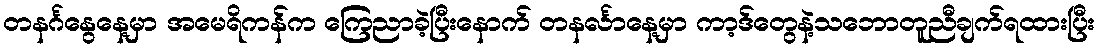
တနင်္ဂနွေနေ့မှာ အမေရိကန်က ကြေညာခဲ့ပြီးနောက် တနင်္လာနေ့မှာ ကာ့ဒ်တွေနဲ့သဘောတူညီချက်ရထားပြီး